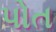
પોત